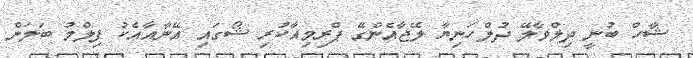
ޝާހް ބުނީ ދިލްވާލޭ ދުލްހަނިޔާ ލޭޖާއެންގޭ ޕްރިމިއާކުރި ޝޯގައި އޭނާއާއެކު ފިލްމު ބަލަން